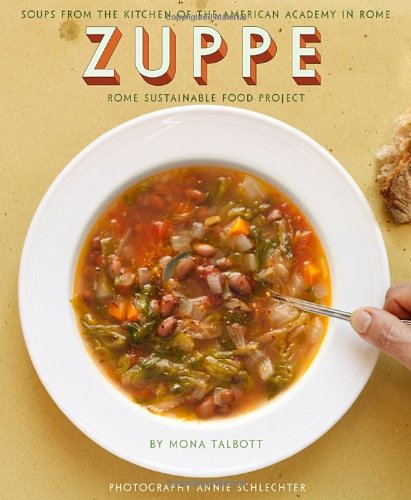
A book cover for Zuppe: Soups from the Kitchen of the American Academy in Rome, The Rome Sustainable Food Project; Mona Talbott; Cookbooks, Food & Wine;